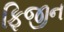
ફિજીન